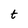
Character: t